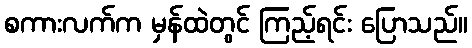
စကားလက်က မှန်ထဲတွင် ကြည့်ရင်း ပြောသည်။